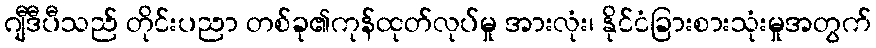
ဂျီဒီပီသည် တိုင်းပညာ တစ်ခု၏ကုန်ထုတ်လုပ်မှု အားလုံး၊ နိုင်ငံခြားစားသုံးမှုအတွက်